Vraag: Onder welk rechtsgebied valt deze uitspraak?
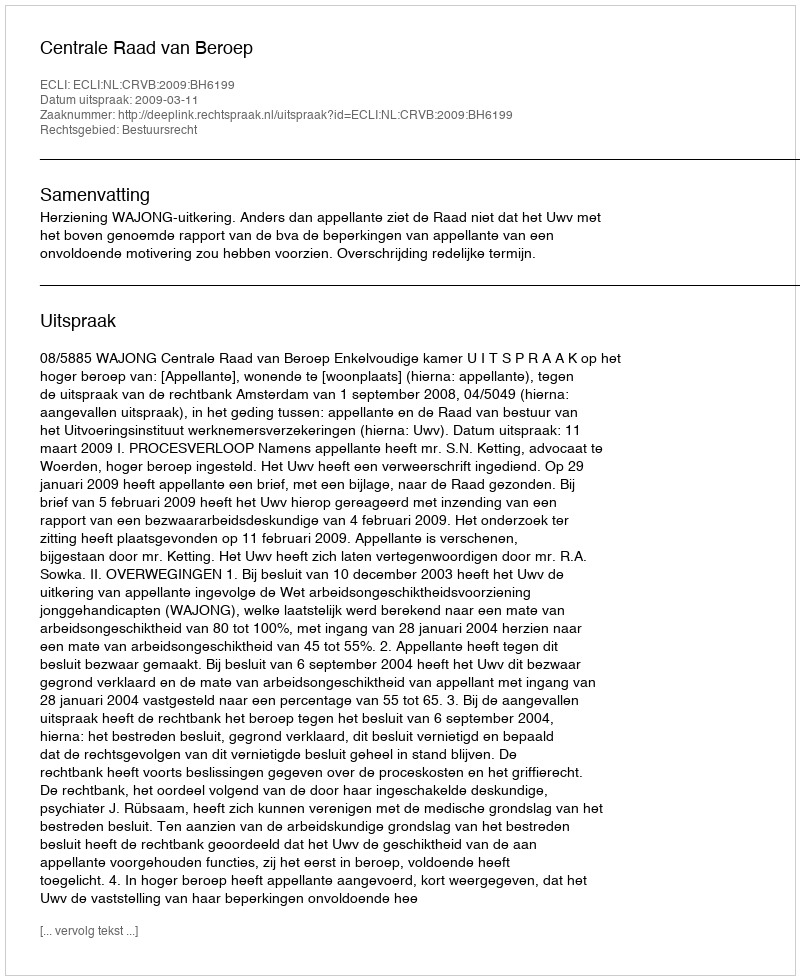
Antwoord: Bestuursrecht